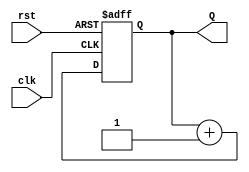
module binary_up_counter #(
    parameter N = 3  // Number of bits for the counter
) (
    input wire clk,    // Clock input
    input wire rst,    // Asynchronous reset
    output reg [N-1:0] Q // Current count value
);

    // Always block triggered on the rising edge of the clock or 
    // when the reset signal is asserted
    always @(posedge clk or posedge rst) begin
        if (rst) begin
            Q <= 0; // Reset count to 0
        end else begin
            Q <= Q + 1; // Increment count
        end
    end

endmodule